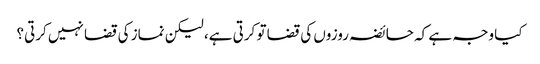
کیا وجہ ہے کہ حائضہ روزوں کی قضا تو کرتی ہے، لیکن نماز کی قضا نہیں کرتی؟